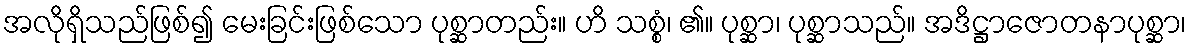
အလိုရှိသည်ဖြစ်၍ မေးခြင်းဖြစ်သော ပုစ္ဆာတည်း။ ဟိ သစ္စံ၊ ၏။ ပုစ္ဆာ၊ ပုစ္ဆာသည်။ အဒိဋ္ဌာဇောတနာပုစ္ဆာ၊